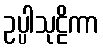
ဥပ္ပါသုဠိကာ